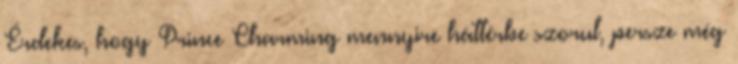
Érdekes, hogy Prince Charming mennyire háttérbe szorul, persze még